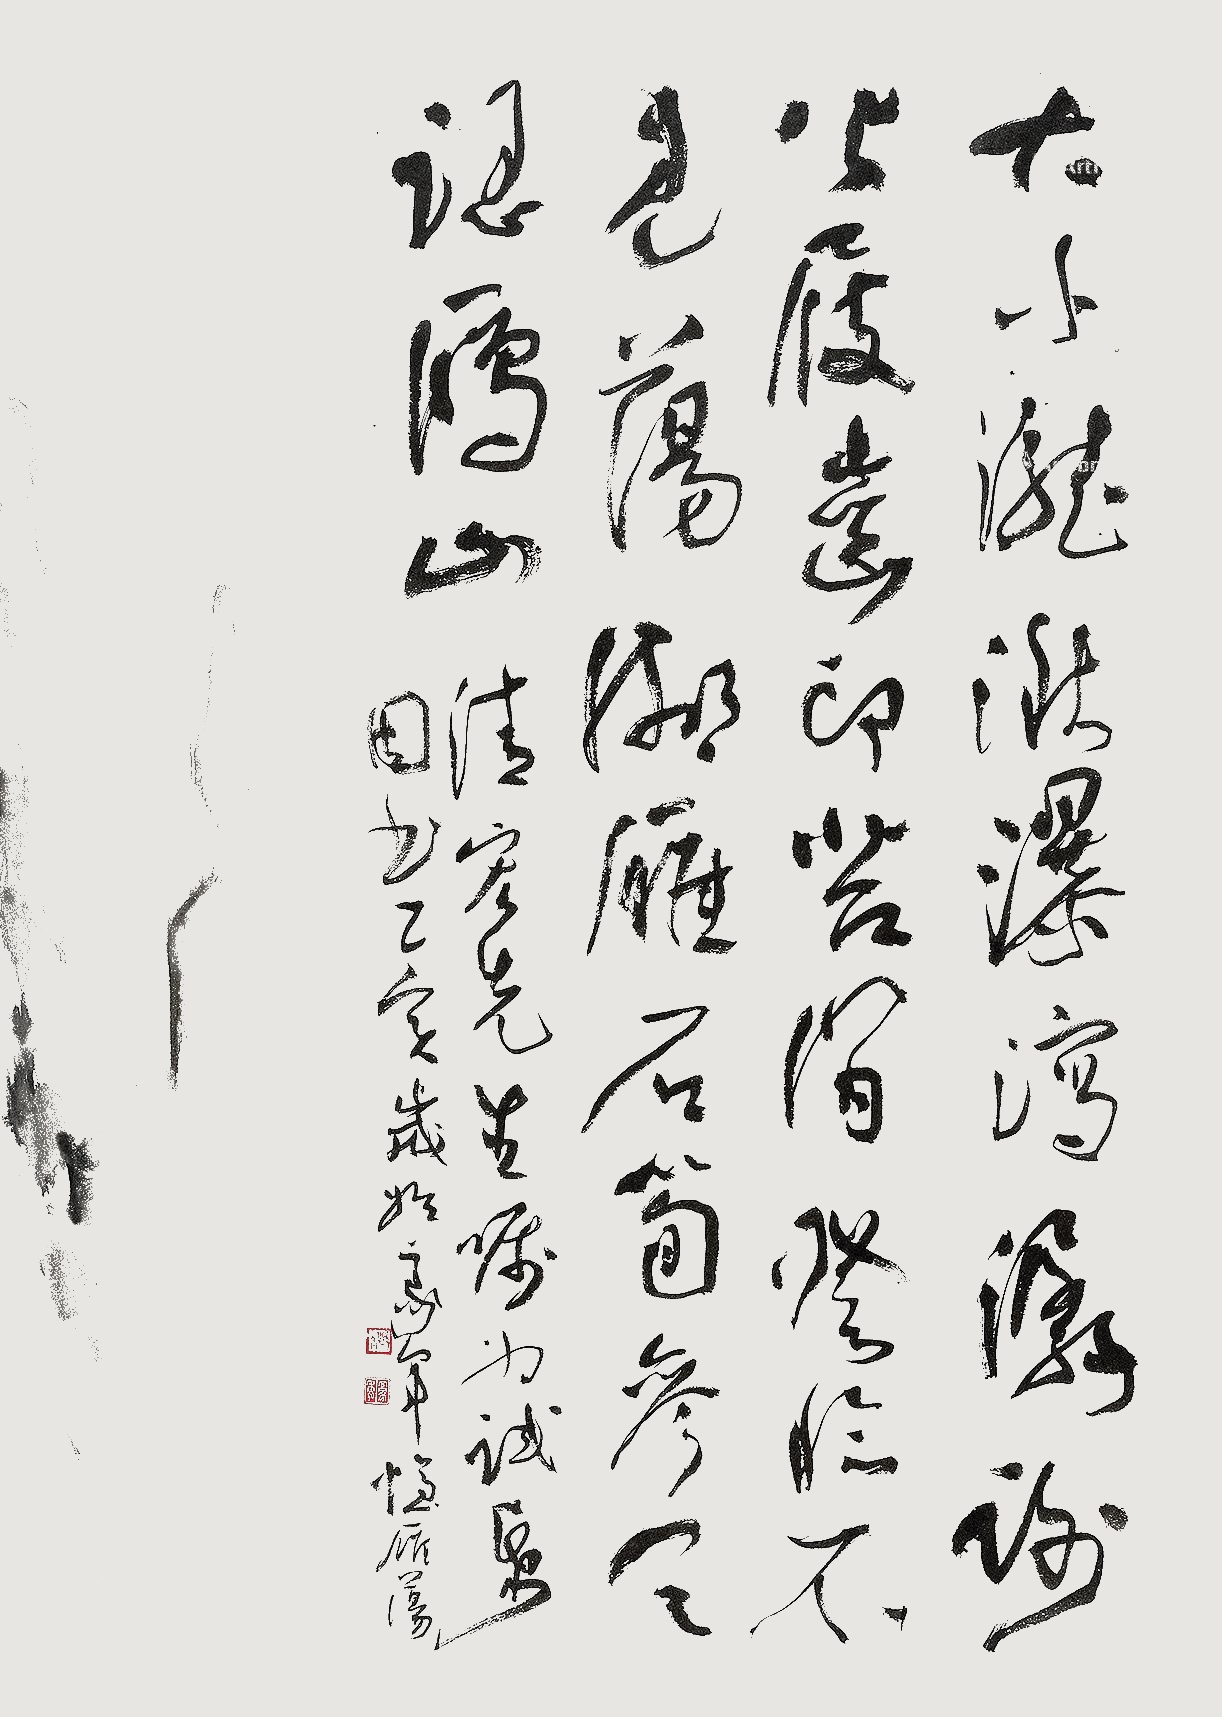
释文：大小泷湫瀑泻潺，谢公屐齿印苔间。登临不见荡湖雁，石笋参天认雁山。清宏先生嘱为试纸因书。乙亥岁始，豪年忆雁荡。